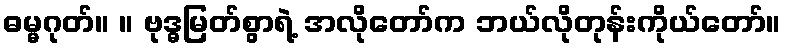
ဓမ္မဂုတ်။ ။ ဗုဒ္ဓမြတ်စွာရဲ့ အလိုတော်က ဘယ်လိုတုန်းကိုယ်တော်။